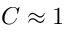
C \approx 1